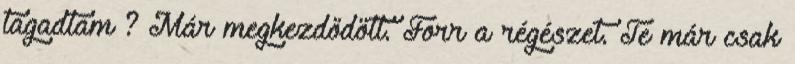
tagadtam ? Már megkezdődött. Forr a régészet. Te már csak